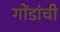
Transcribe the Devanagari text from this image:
गोंडांची